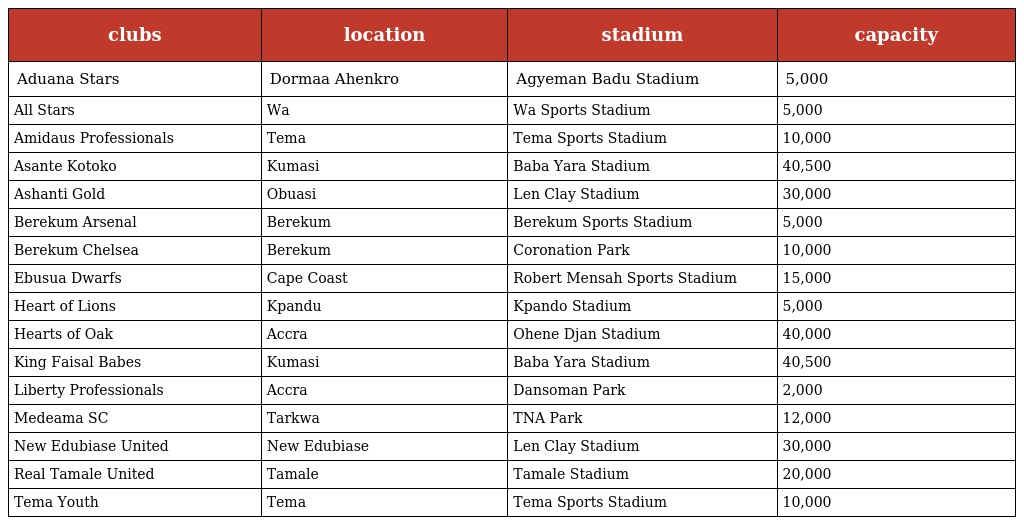
| clubs | location | stadium | capacity |
 | --- | --- | --- | --- |
 | Aduana Stars | Dormaa Ahenkro | Agyeman Badu Stadium | 5,000 |
 | All Stars | Wa | Wa Sports Stadium | 5,000 |
 | Amidaus Professionals | Tema | Tema Sports Stadium | 10,000 |
 | Asante Kotoko | Kumasi | Baba Yara Stadium | 40,500 |
 | Ashanti Gold | Obuasi | Len Clay Stadium | 30,000 |
 | Berekum Arsenal | Berekum | Berekum Sports Stadium | 5,000 |
 | Berekum Chelsea | Berekum | Coronation Park | 10,000 |
 | Ebusua Dwarfs | Cape Coast | Robert Mensah Sports Stadium | 15,000 |
 | Heart of Lions | Kpandu | Kpando Stadium | 5,000 |
 | Hearts of Oak | Accra | Ohene Djan Stadium | 40,000 |
 | King Faisal Babes | Kumasi | Baba Yara Stadium | 40,500 |
 | Liberty Professionals | Accra | Dansoman Park | 2,000 |
 | Medeama SC | Tarkwa | TNA Park | 12,000 |
 | New Edubiase United | New Edubiase | Len Clay Stadium | 30,000 |
 | Real Tamale United | Tamale | Tamale Stadium | 20,000 |
 | Tema Youth | Tema | Tema Sports Stadium | 10,000 |